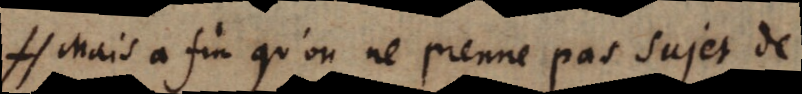
H Mais a fin qu’on ne prenne pas sujet de